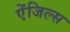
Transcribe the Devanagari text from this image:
ऐंजिल्‍स